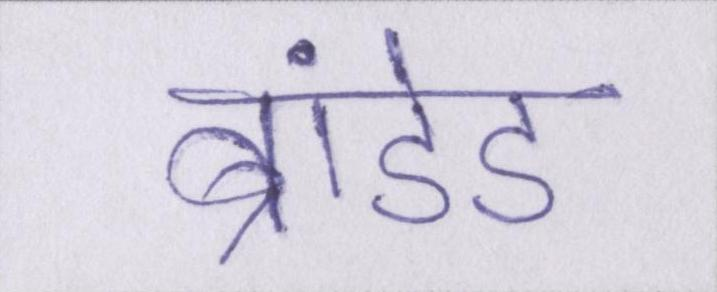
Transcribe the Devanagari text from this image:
ब्रांडेड